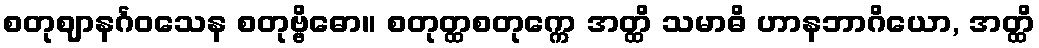
စတုဈာနင်္ဂဝသေန စတုဗ္ဗိဓော။ စတုတ္ထစတုက္ကေ အတ္ထိ သမာဓိ ဟာနဘာဂိယော, အတ္ထိ